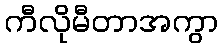
ကီလိုမီတာအကွာ